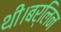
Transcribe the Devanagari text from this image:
थी।बर्लिन